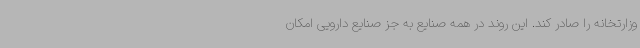
وزارتخانه را صادر کند. این روند در همه صنایع به جز صنایع دارویی امکان